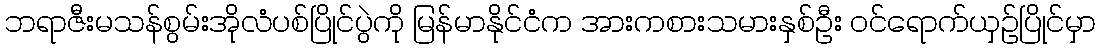
ဘရာဇီးမသန်စွမ်းအိုလံပစ်ပြိုင်ပွဲကို မြန်မာနိုင်ငံက အားကစားသမားနှစ်ဦး ဝင်ရောက်ယှဉ်ပြိုင်မှာ